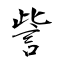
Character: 訾